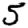
Digit: 5